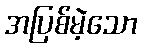
အပြစ်မဲ့သော